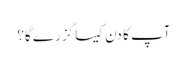
آپ کا دن کیسا گزرے گا؟